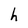
Character: h